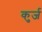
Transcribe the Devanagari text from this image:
कुर्ज